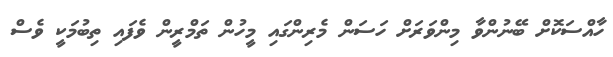
ހާއްސަކޮށް ބޭނުންވާ މިންވަރަށް ހަސަން މެރިންގައި މީހުން ތަމްރީން ވެފައި ތިބުމަކީ ވެސް